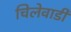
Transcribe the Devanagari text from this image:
चिलेवाडी